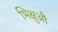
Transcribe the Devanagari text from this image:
भिक्षुऔं